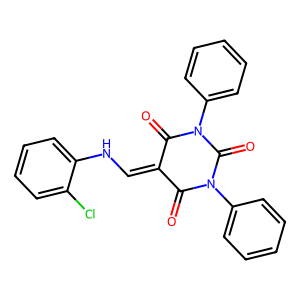
SMILES: O=C1C(=CNc2ccccc2Cl)C(=O)N(c2ccccc2)C(=O)N1c1ccccc1
Inhibits HIV replication: No